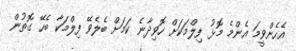
އެހެންވީމަ އެންމެ މޮޅު ފިލްމަކަށް ހޮވިދާނެ ކަމަށް ބެލެވޭ ފިލްމަކާ ބެހޭ ގޮތުން